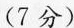
(7分)